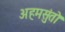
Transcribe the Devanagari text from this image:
अहमसुंतो